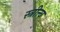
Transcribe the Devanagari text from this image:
स्त्रीत्त्व